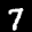
Label: 7